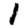
Digit: 1